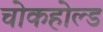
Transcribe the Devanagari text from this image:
चोकहोल्ड